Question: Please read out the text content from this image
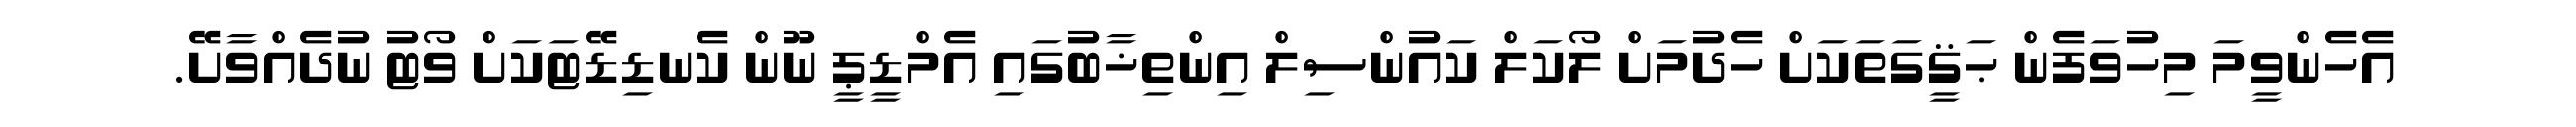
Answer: އެހެންވީމަ މިހުވަފެން ޙަޤީގަތަކަށް ހެދުމަށް ލޯކަލް ކައުންސިލް އިންތިޚާބުގައި އެމްޑީޕީ ނޫން ކެނޑިޑޭޓަކަށް ވޯޓު ނުދެއްވާށޭ.